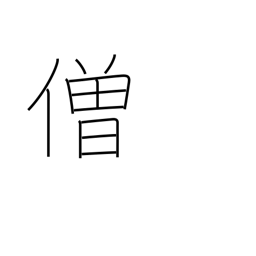
Meaning: monk